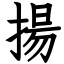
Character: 揚